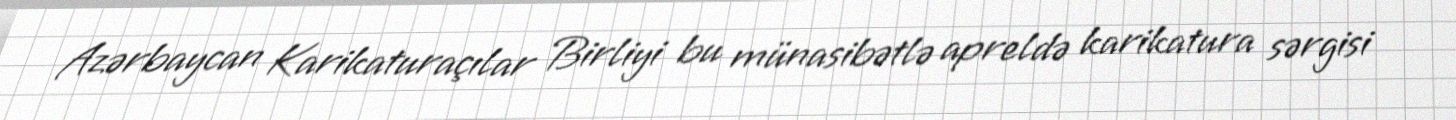
Azərbaycan Karikaturaçılar Birliyi bu münasibətlə apreldə karikatura sərgisi